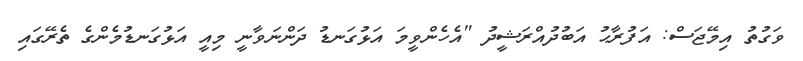
ވަގުތު އިމޭޖަސް: އަފުރާޙު އަބުދުއްރަޝީދު "އެހެންވީމަ އަޅުގަނޑު ދަންނަވާނީ މިއީ އަޅުގަނޑުމެންގެ ތެރޭގައި